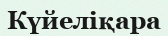
Күйеліқара